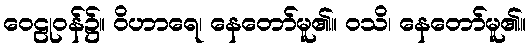
ဝေဠုဝန်၌။ ဝိဟာရေ၊ နေတော်မူ၏။ ဝသိ၊ နေတော်မူ၏။